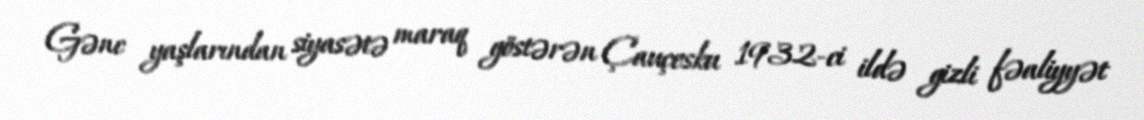
Gənc yaşlarından siyasətə maraq göstərən Çauçesku 1932-ci ildə gizli fəaliyyət